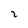
Character: 2